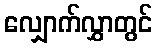
လျှောက်လွှာတွင်